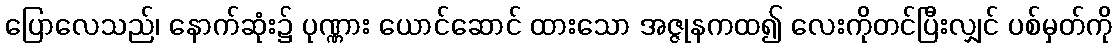
ပြောလေသည်၊ နောက်ဆုံး၌ ပုဏ္ဏား ယောင်ဆောင် ထားသော အဇ္ဇုနကထ၍ လေးကိုတင်ပြီးလျှင် ပစ်မှတ်ကို